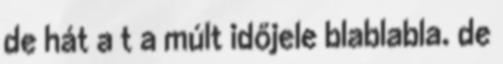
de hát a t a múlt időjele blablabla. de